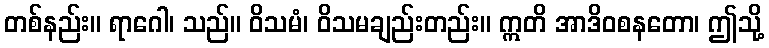
တစ်နည်း။ ရာဂေါ၊ သည်။ ဝိသမံ၊ ဝိသမချည်းတည်း။ ဣတိ အာဒိဝစနတော၊ ဤသို့